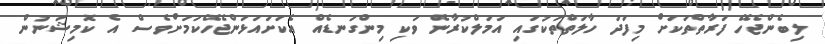
ލިބެންޖެހޭ ފަރާތްތަކަށް މިފަދަ ހާލަތްތަކުގައި އަމަލްކުރާނެ ވަކި މިންގަނޑެއް އެކަށައަޅަންޖެހޭކަމަށްވެސް އެ ކޮމިޝަނުން